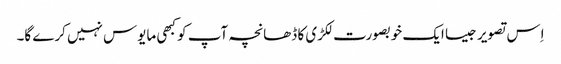
اِس تصویر جیسا ایک خوبصورت لکڑی کا ڈھانچہ آپ کو کبھی مایوس نہیں کرے گا۔